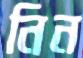
নিন